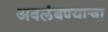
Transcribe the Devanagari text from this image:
अवलंबण्याचा